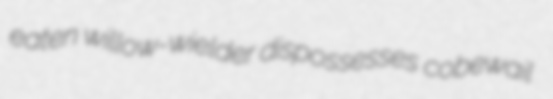
eaten willow-wielder dispossesses cobewail